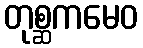
တုစ္ဆကမေဝ